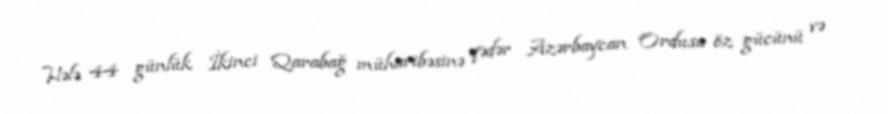
Hələ 44 günlük İkinci Qarabağ müharibəsinə qədər Azərbaycan Ordusu öz gücünü və